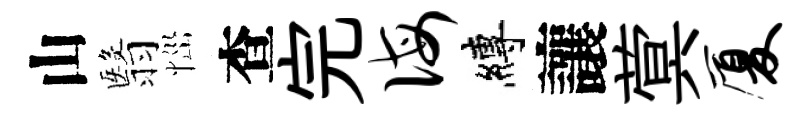
山翳𢙉查完诲縛讓蓂厦